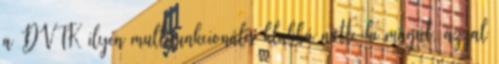
a DVTK ilyen multifunkcionális klubbá nőtte ki magát, azzal